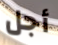
أجل